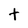
Character: t